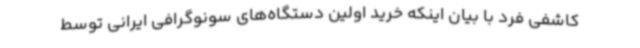
کاشفی فرد با بیان اینکه خرید اولین دستگاه‌های سونوگرافی ایرانی توسط